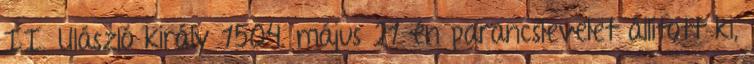
II. Ulászló király 1504. május 21-én parancslevelet állított ki,